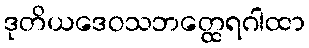
ဒုတိယဒေဝသဘတ္ထေရဂါထာ